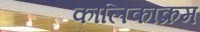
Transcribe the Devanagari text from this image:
कालिकाक्रम